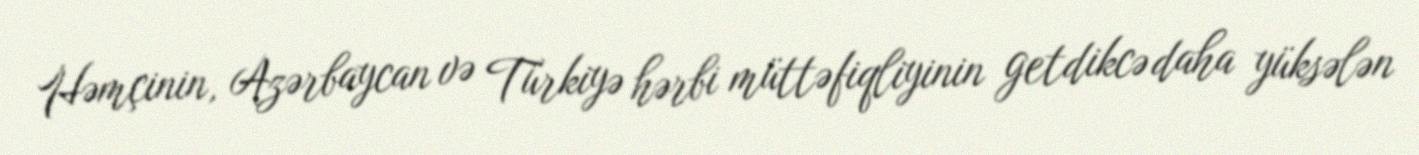
Həmçinin, Azərbaycan və Türkiyə hərbi müttəfiqliyinin getdikcə daha yüksələn